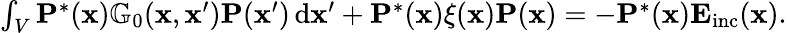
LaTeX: \begin{array}{r}{\int_{V}\mathbf{P}^{*}(\mathbf{x})\mathbb{G}_{0}(\mathbf{x},\mathbf{x}^{\prime})\mathbf{P}(\mathbf{x}^{\prime})\, \mathrm{d}\mathbf{x}^{\prime}+\mathbf{P}^{*}(\mathbf{x})\xi(\mathbf{x})\mathbf{P}(\mathbf{x})=-\mathbf{P}^{*}(\mathbf{x})\mathbf{E}_{\mathrm{inc}}(\mathbf{x}).}\end{array}